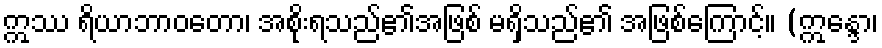
ဣဿ ရိယာဘာဝတော၊ အစိုးရသည်၏အဖြစ် မရှိသည်၏ အဖြစ်ကြောင့်။ (ဣန္ဒော၊